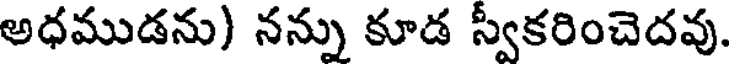
అధముడను) నన్ను కూడ స్వీకరించెదవు.